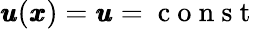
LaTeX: {\pmb u}({\pmb x})={\pmb u}=\mathrm{~c~o~n~s~t~}